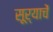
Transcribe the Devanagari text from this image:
सूर्याचें